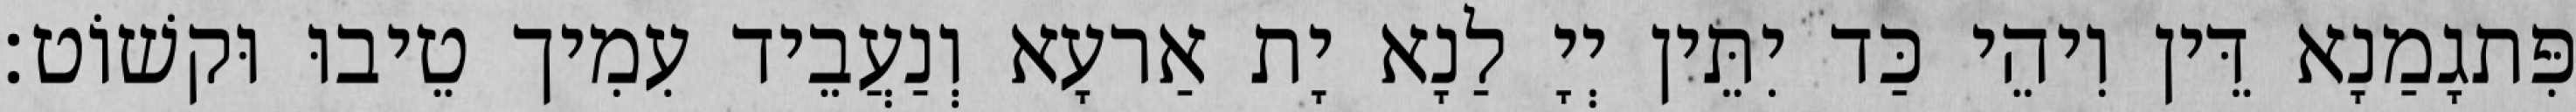
פִּתגָמַנָא דֵּין וִיהֵי כַּד יִתֵּין יְיָ לַנָא יָת אַרעָא וְנַעֲבֵיד עִמִיך טֵיבוּ וּקשׁוֹט׃